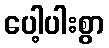
ပေါ့ပါးစွာ